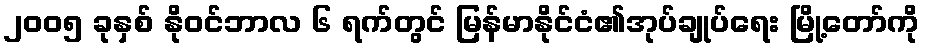
၂၀၀၅ ခုနှစ် နိုဝင်ဘာလ ၆ ရက်တွင် မြန်မာနိုင်ငံ၏အုပ်ချုပ်ရေး မြို့တော်ကို